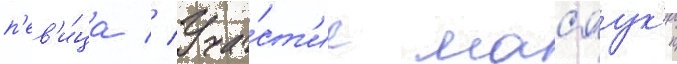
п'ев'и́ца // Уча́ст'ие масаук'и